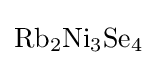
{\ce {Rb2Ni3Se4}}